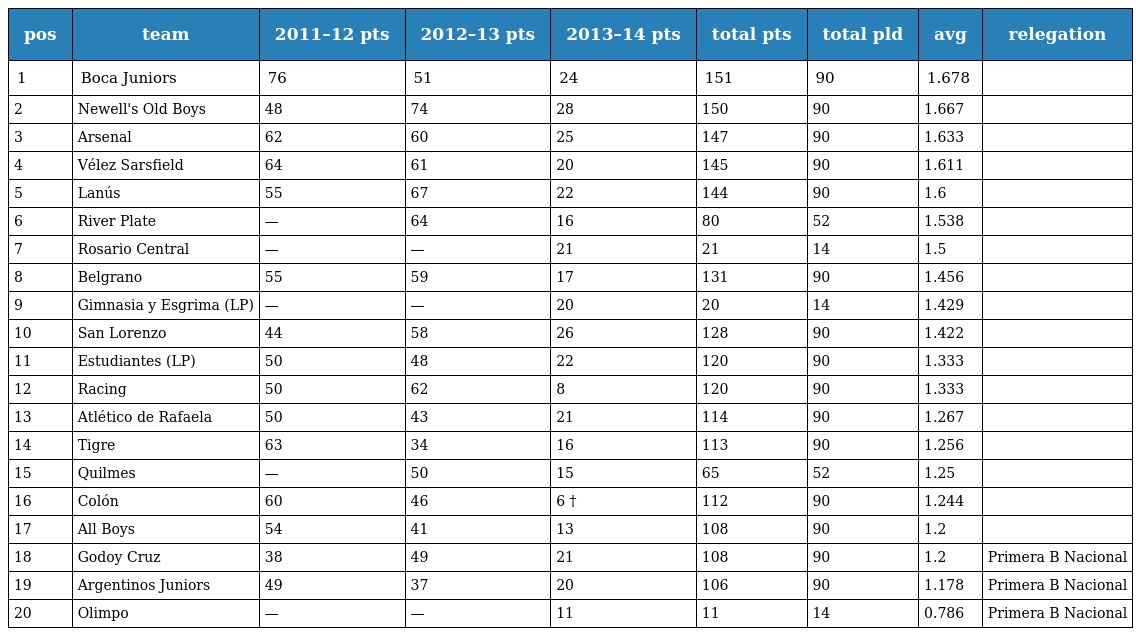
| pos | team | 2011–12 pts | 2012–13 pts | 2013–14 pts | total pts | total pld | avg | relegation |
 | --- | --- | --- | --- | --- | --- | --- | --- | --- |
 | 1 | Boca Juniors | 76 | 51 | 24 | 151 | 90 | 1.678 |  |
 | 2 | Newell's Old Boys | 48 | 74 | 28 | 150 | 90 | 1.667 |  |
 | 3 | Arsenal | 62 | 60 | 25 | 147 | 90 | 1.633 |  |
 | 4 | Vélez Sarsfield | 64 | 61 | 20 | 145 | 90 | 1.611 |  |
 | 5 | Lanús | 55 | 67 | 22 | 144 | 90 | 1.6 |  |
 | 6 | River Plate | — | 64 | 16 | 80 | 52 | 1.538 |  |
 | 7 | Rosario Central | — | — | 21 | 21 | 14 | 1.5 |  |
 | 8 | Belgrano | 55 | 59 | 17 | 131 | 90 | 1.456 |  |
 | 9 | Gimnasia y Esgrima (LP) | — | — | 20 | 20 | 14 | 1.429 |  |
 | 10 | San Lorenzo | 44 | 58 | 26 | 128 | 90 | 1.422 |  |
 | 11 | Estudiantes (LP) | 50 | 48 | 22 | 120 | 90 | 1.333 |  |
 | 12 | Racing | 50 | 62 | 8 | 120 | 90 | 1.333 |  |
 | 13 | Atlético de Rafaela | 50 | 43 | 21 | 114 | 90 | 1.267 |  |
 | 14 | Tigre | 63 | 34 | 16 | 113 | 90 | 1.256 |  |
 | 15 | Quilmes | — | 50 | 15 | 65 | 52 | 1.25 |  |
 | 16 | Colón | 60 | 46 | 6 † | 112 | 90 | 1.244 |  |
 | 17 | All Boys | 54 | 41 | 13 | 108 | 90 | 1.2 |  |
 | 18 | Godoy Cruz | 38 | 49 | 21 | 108 | 90 | 1.2 | Primera B Nacional |
 | 19 | Argentinos Juniors | 49 | 37 | 20 | 106 | 90 | 1.178 | Primera B Nacional |
 | 20 | Olimpo | — | — | 11 | 11 | 14 | 0.786 | Primera B Nacional |